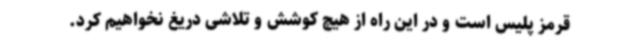
قرمز پلیس است و در این راه از هیچ کوشش و تلاشی دریغ نخواهیم کرد.